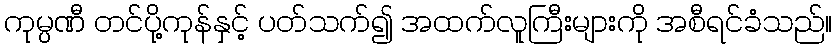
ကုမ္ပဏီ တင်ပို့ကုန်နှင့် ပတ်သက်၍ အထက်လူကြီးများကို အစီရင်ခံသည်။